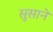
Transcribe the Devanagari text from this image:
सुसाने